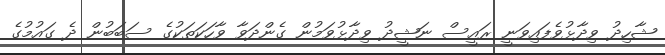
ޝާހިދު ވިދާޅުވެފައިވަނީ ރައީސް ނަޝީދު ވިދާޅުވަމުން ގެންދަވާ ވާހަކަތަކުގެ ސަބަބުން ދެ ގައުމުގެ